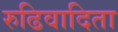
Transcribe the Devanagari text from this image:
रुढिवादिता